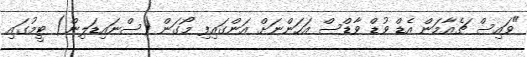
"ވައިސް ޗެއާމަން އެޑް ވުޑް ވާޑްސް އަހަންނަށް އަންގައިފި މޯގަން (ސްނައިޑަލިން) ޓީމުގައި